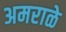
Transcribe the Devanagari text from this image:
अमराळे